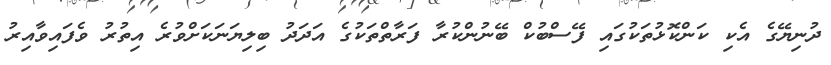
ދުނިޔޭގެ އެކި ކަންކޮޅުތަކުގައި ފޭސްބުކް ބޭނުންކުރާ ފަރާތްތަކުގެ އަދަދު ބިލިޔަނަކަށްވުރެ އިތުރު ވެފައިވާއިރު